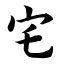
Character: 宅